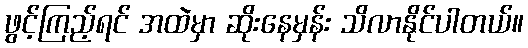
ဖွင့်ကြည့်ရင် အထဲမှာ ဆိုးနေမှန်း သိလာနိုင်ပါတယ်။